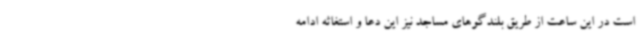
است در این ساعت از طریق بلندگوهای مساجد نیز این دعا و استغاثه ادامه